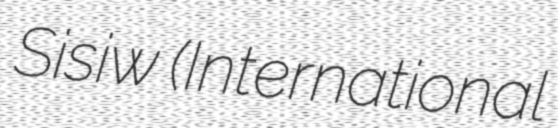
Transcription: Sisiw (International